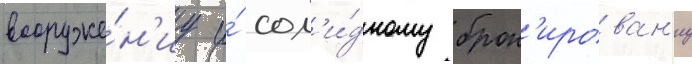
вооруже́н'иу и́ сол'и́дному брон'ирован'иу